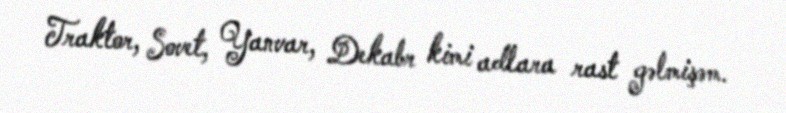
Traktor, Sovet, Yanvar, Dekabr kimi adlara rast gəlmişəm.